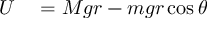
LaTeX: \begin{array} { r l } { U } & { { } = M g r - m g r \cos { \theta } } \end{array}